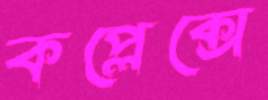
কপ্লেক্সে